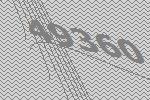
49360